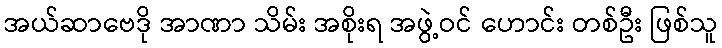
အယ်ဆာဗေဒို အာဏာ သိမ်း အစိုးရ အဖွဲ့ဝင် ဟောင်း တစ်ဦး ဖြစ်သူ